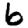
Digit: 6